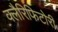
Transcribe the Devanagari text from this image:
क्लैरिफिटोरी